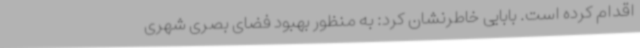
اقدام کرده است. بابایی خاطرنشان کرد: به منظور بهبود فضای بصری شهری